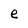
Character: e